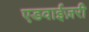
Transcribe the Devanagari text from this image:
एडवाईज़री